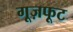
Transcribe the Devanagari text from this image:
गूज़फूट